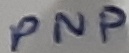
Text: PNP